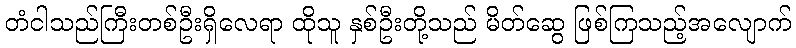
တံငါသည်ကြီးတစ်ဦးရှိလေရာ ထိုသူ နှစ်ဦးတို့သည် မိတ်ဆွေ ဖြစ်ကြသည့်အလျောက်